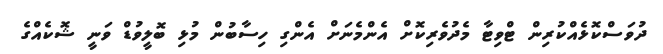
ދުވަސްކޮޅެއްކުރިން ޓްވިޓާ މެދުވެރިކޮށް އެންމެނަށް އެންގި ހިސާބުން މުޅި ބޮލީވުޑް ވަނީ ޝޮކެއްގެ